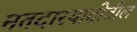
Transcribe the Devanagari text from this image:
मतदारयादीतील